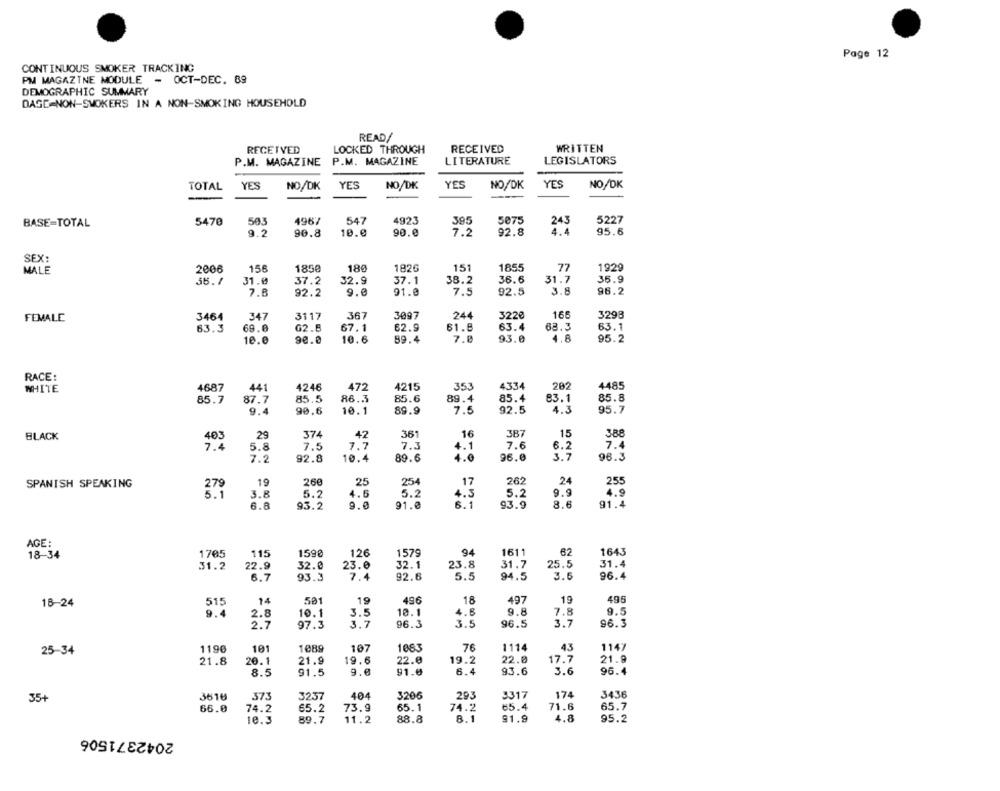
Page 12
CONTINUOUS SMOKER TRACKING
PM MAGAZINE MODULE - OCT-DEC. 89
DEMOGRAPHIC SUMMARY
DAGE-NON-SMOKERS IN A NON-SMOKING HOUSEHOLD
READ/
RECEIVED
LOCKED THROUGH
RECEIVED
WRITTEN
P.M. MAGAZINE
P.M. MAGAZINE
LITERATURE
LEGISLATORS
TOTAL
YES
NO/DK
YES
NO/DK
YES
NO/DK
YES
NO/DK
5470
503
4967
547
4923
395
5075
5227
BASE-TOTAL
243
9.2
90.8
10.0
90.0
7.2
92.8
95.6
SEX:
2006
156
1850
180
1826
151
1855
77
1929
MALE
31.0
37.2
32.9
37.1
38.2
36.6
31.7
35.9
7.8
92.2
9.0
91.0
7.5
92.5
3.8
96.2
3464
347
3117
367
3097
244
3220
166
3298
FEMALE
63.3
69.0
G2.B
67.1
62.9
61.8
63.4
63.3
63.1
10.0
90.0
10.6
89.4
7.8
93.0
4.8
95.2
RACE:
WHITE
4687
441
4246
472
4215
353
4334
202
4485
85.7
87.7
85.5
86.3
85.
89.4
85.4
83.1
85.8
9.4
90.6
10.1
89.9
7.5
92.5
95.7
BLACK
29
374
42
361
16
387
15
388
403
7.4
5.8
7.5
7.7
7.3
4.1
7.6
6.2
7.4
7.2
92.8
10.4
89.6
96.0
3.7
96.3
19
260
25
254
262
24
255
SPANISH SPEAKING
279
.17
5.1
3.8
5.2
4.6
5.2
4.3
5.2
9.9
4.9
6.8
93.2
9.0
91.0
6.1
93.9
8.6
91.4
AGE:
18-34
1705
115
1598
126
1579
94
1611
62
1643
31.2
22.9
32.0
23.0
32.1
23.8
31.7
25.5
31.4
6.7
93.3
7.4
92.6
5.5
94.5
3.6
96.4
501
19
496
18
497
19
495
18-24
515
14
9.
10.1
3.5
10.1
4.8
9.8
7.8
9.5
2.7
97.3
3.7
96.3
3.5
96.5
3.7
96.3
1190
101
1089
107
1083
76
1114
43
1147
25-34
21.8
20.1
21.9
19.6
22.0
19.2
22.0
17.7
21.8
8.5
91.5
9.0
91.0
6.4
93.6
3.6
96.4
3616
373
3237
404
3206
293
3317
174
3436
35-
66.0
74.2
65.2
73.9
65.1
74.2
85.4
71.6
65.7
10.3
89.7
11.2
88.8
8.1
91.9
4.8
95.2
2042371506